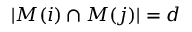
| M ( i ) \cap M ( j ) | = d